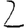
Digit: 2